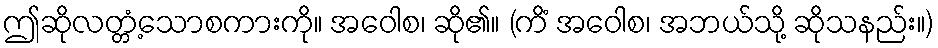
ဤဆိုလတ္တံ့သောစကားကို။ အဝေါစ၊ ဆို၏။ (ကိံ အဝေါစ၊ အဘယ်သို့ ဆိုသနည်း။)